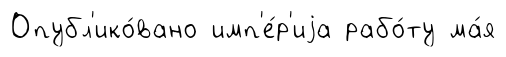
Опубл'ико́вано имп'е́р'иjа рабо́ту ма́я